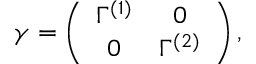
\gamma = \left( \begin{array} { c c } { { \Gamma ^ { ( 1 ) } } } & { { 0 } } \\ { { 0 } } & { { \Gamma ^ { ( 2 ) } } } \end{array} \right) ,